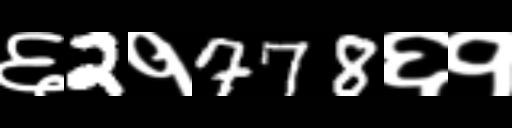
Text: ६2१778६१